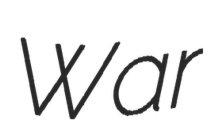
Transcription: War